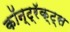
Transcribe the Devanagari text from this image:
कॉन्ट्रॅक्ट्स